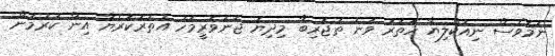
ނަމަވެސް ނިއުކްލިޔާ ހަތަރު ވަނަ ތަޖުރިބާ މިދިޔަ ޖަނަވަރީމަހު އުތުރުކޮރެޔާ އިން ކުރުމުން